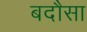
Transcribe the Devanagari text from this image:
बदौसा